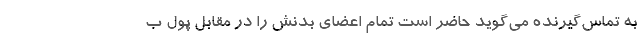
به تماس‌گیرنده می‌گوید حاضر است تمام اعضای بدنش را در مقابل پول ب